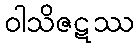
ဝါသိဇဋဿ